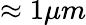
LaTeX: \approx 1\mu m